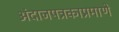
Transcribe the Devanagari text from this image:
अंदाजपत्रकाप्रमाणे